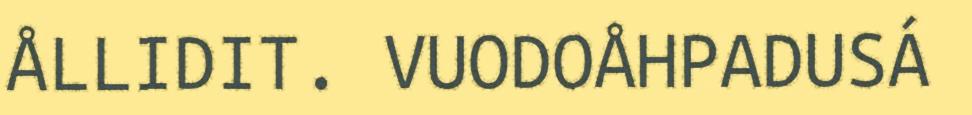
ÅLLIDIT. VUODOÅHPADUSÁ